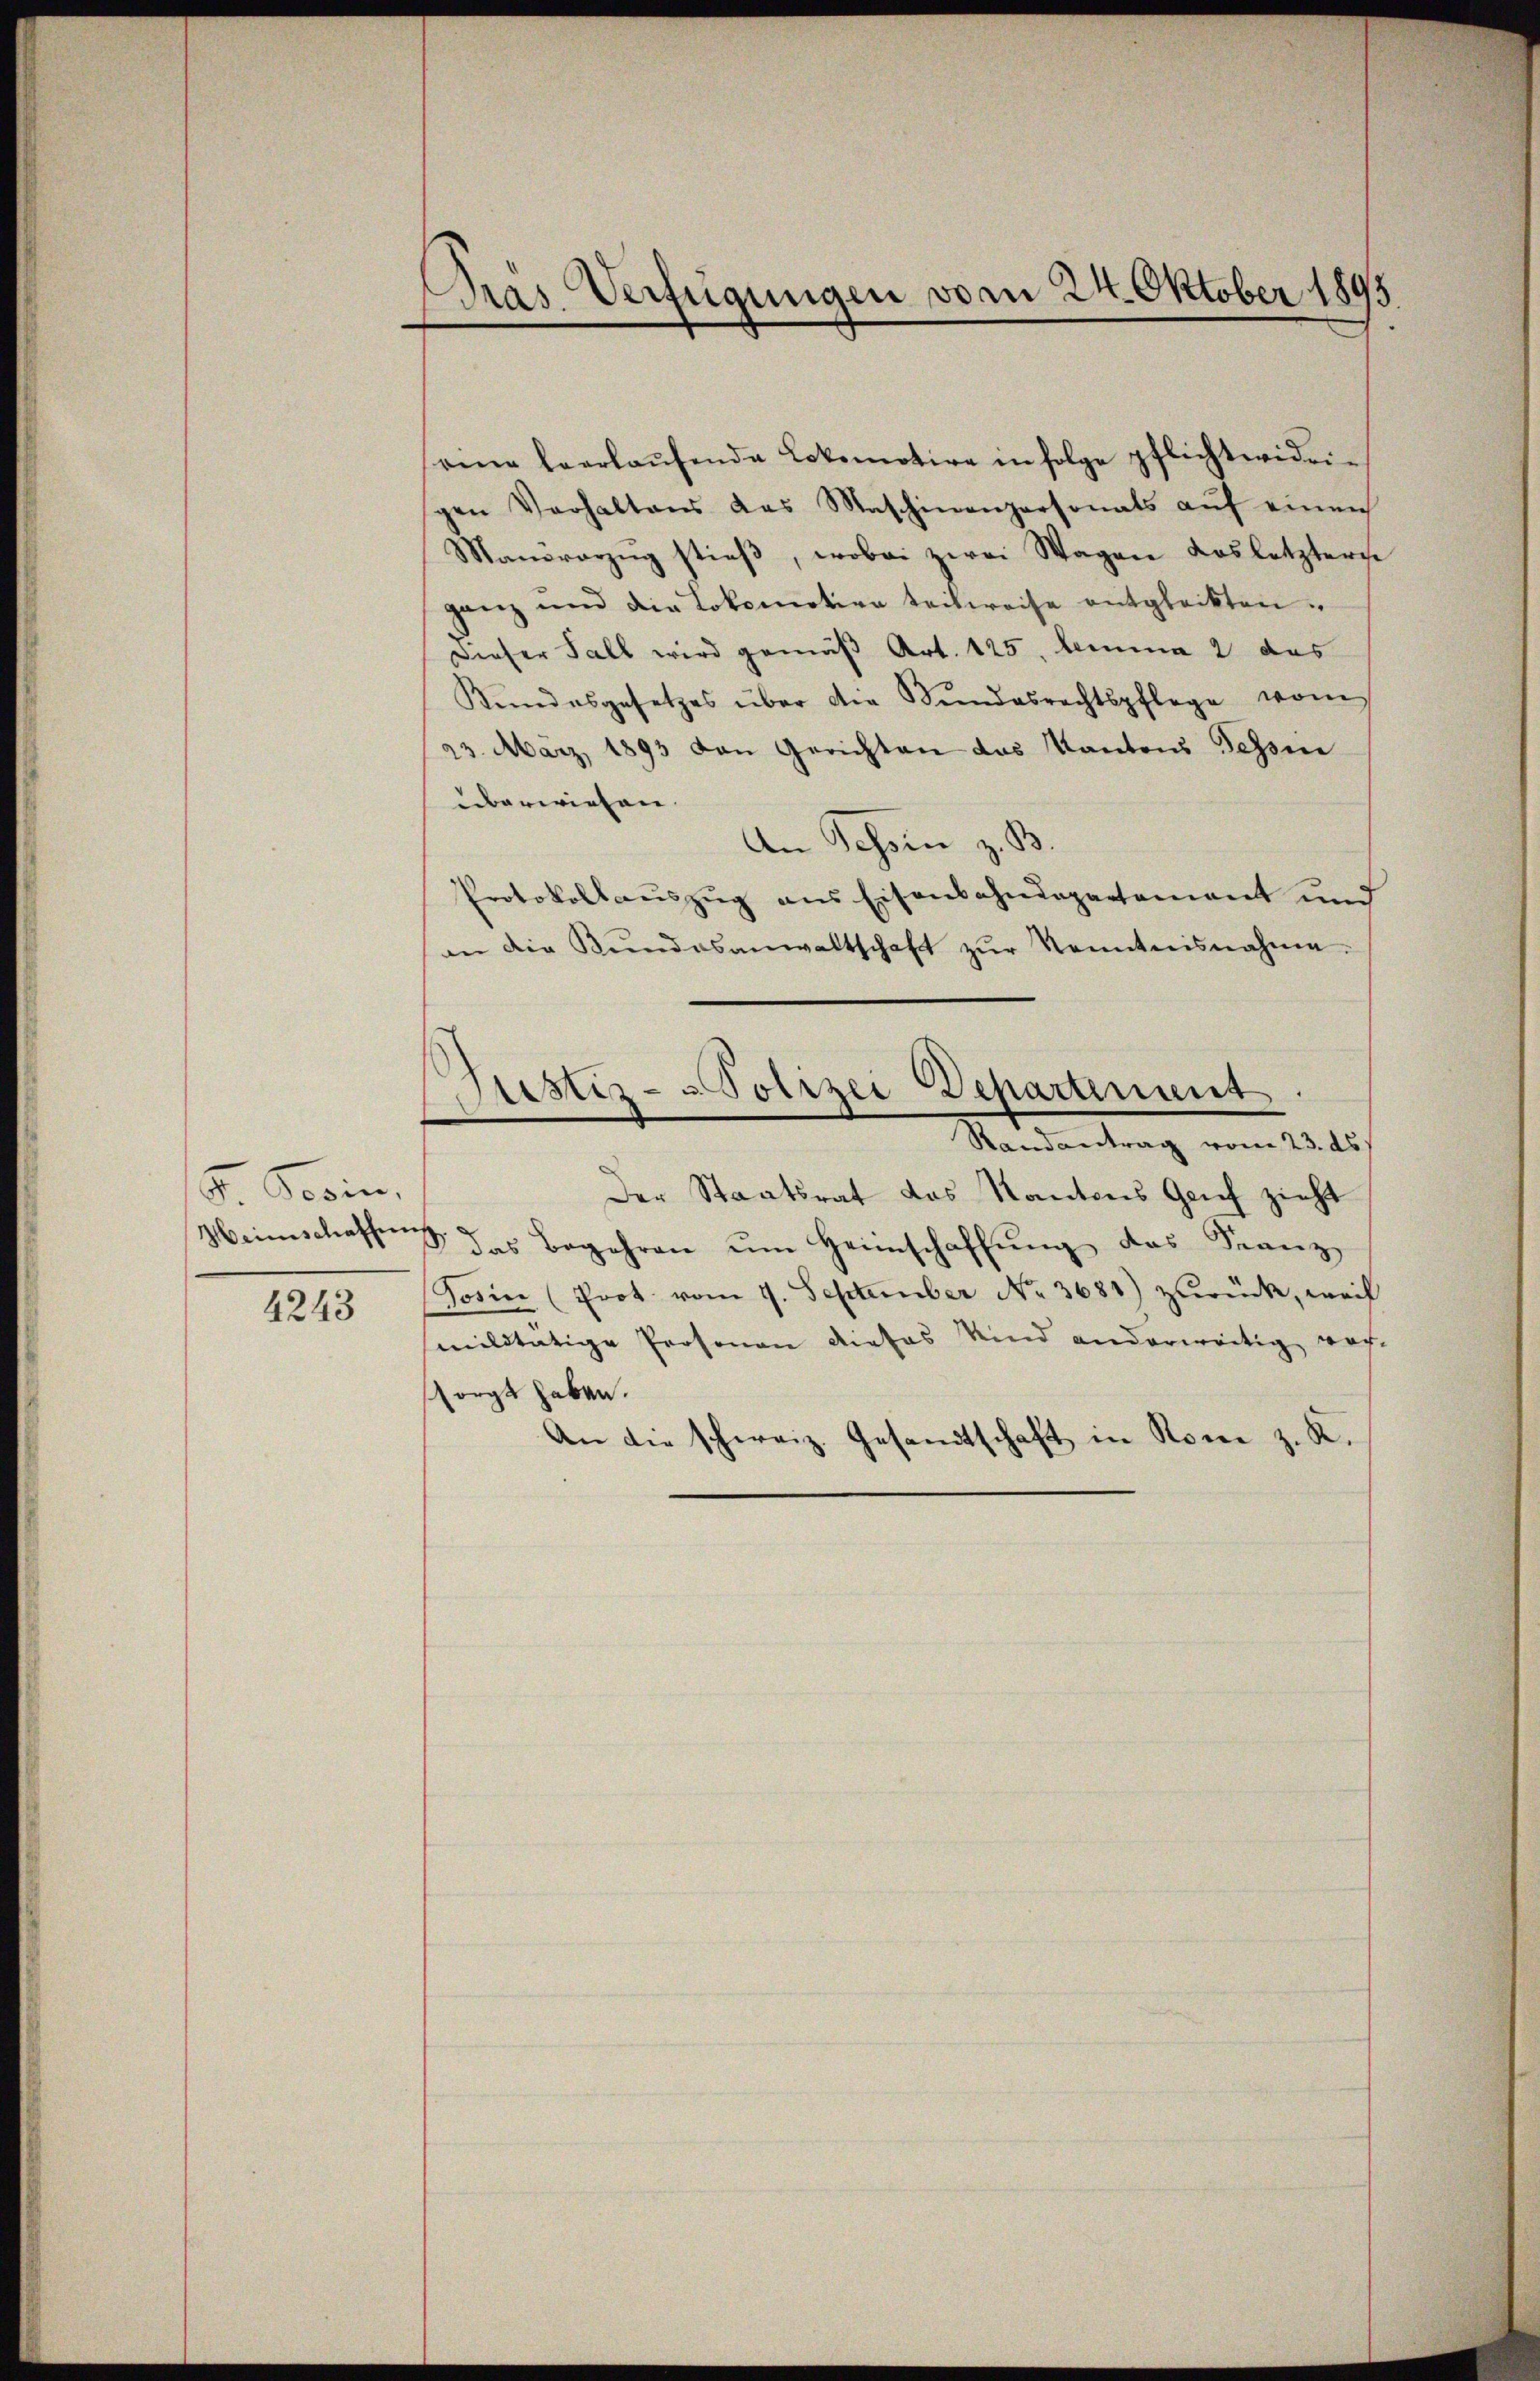
G Socin.
Heimschaffen
4243

Pras Verfügungen vom 24. Oktober 1895

seine leerlaŭfende Lokomotive in folge pflichtwidrigen Verhaltens das Maschinenpersonats aŭf einen
Manorarzŭg stieβ, wobei zwei Wagen Los letztere
ganz und die Lokomotive teilweise entgleckten.
Dieser Fall wird gemäβ Art. 125, Amma 2 das
Kŭndesgesetzes über die Bŭndesrechtspflege vom
23. März 1893 den Gerichten das Kantons Gessene
überwiesen
An Tessin z. B
Protokollauszug aus Eisenbahndepartement und
in die Bŭndesanwaltschaft zŭr Kenntnisnahme.
Gustiz- & Polizei Departement
Randantrag vom 23. ds.
Der Staatsrat das Kantons Geich zieht
B. das Begehren ŭm Heimschaffŭng das Franz
Sorin (Prot. vom 9. September No. 3681) zurück, weil
militätige Prosonen dieses Kind anderweitig vor-
sorgt haben.
An die schweiz. Gesandtschaft in Rome z. K.